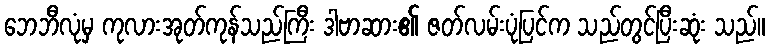
ဘေဘီလုံမှ ကုလားအုတ်ကုန်သည်ကြီး ဒါဗာဆား၏ ဇတ်လမ်းပုံပြင်က သည်တွင်ပြီးဆုံး သည်။